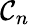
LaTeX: \mathcal{C}_{n}